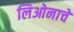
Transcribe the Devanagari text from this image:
लिओनाचे